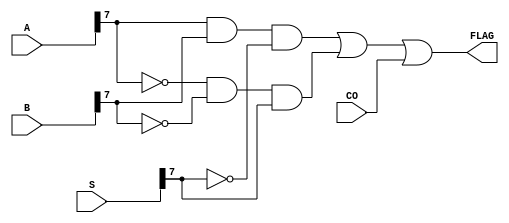
/*
	FLAG = 1 if A + B = S + CO is overflowed
*/
module Overflow_check #(parameter WIDTH = 8) (A, B, S, CO, FLAG);
	
	input CO;
	input [WIDTH-1:0] A, B, S;
	output FLAG;
	
	assign FLAG = 
				(A[WIDTH-1] & B[WIDTH-1] & ~S[WIDTH-1]) |		// NEG + NEG = POS
				(~A[WIDTH-1] & ~B[WIDTH-1] & S[WIDTH-1]) |	// POS + POS = NEG
				CO;	// Carry = Overflow
endmodule


module Overflow_check_tb();
	reg CO;
	reg [3:0] A, B, S;
	wire FLAG;
	
	Overflow_check #(.WIDTH(4)) DUT (A, B, S, CO, FLAG);
	
	initial begin
	CO = 0;
	A = 0;
	B = 0; 
	S = 0;
	end
	
	initial begin		
		repeat (16) begin
			repeat (16) begin
				{CO, S} = A + B;
				#10
				B = B + 1;
			end
			A = A + 1;
		end
	end

endmodule